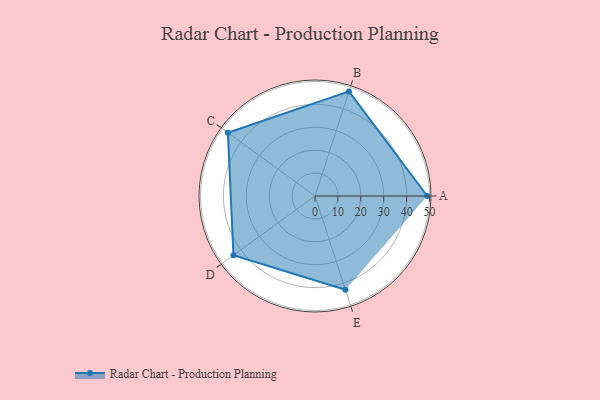
{"axis": {"x": "Skill", "y": "Score"}, "legend": ["Profile"], "data": [{"x": "A", "y": 49.0, "type": "Profile"}, {"x": "B", "y": 48.0, "type": "Profile"}, {"x": "C", "y": 47.0, "type": "Profile"}, {"x": "D", "y": 44.0, "type": "Profile"}, {"x": "E", "y": 43.0, "type": "Profile"}]}